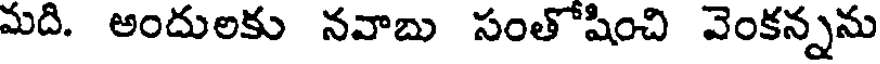
మది. అందులకు నవాబు సంతోషించి వెంకన్నను